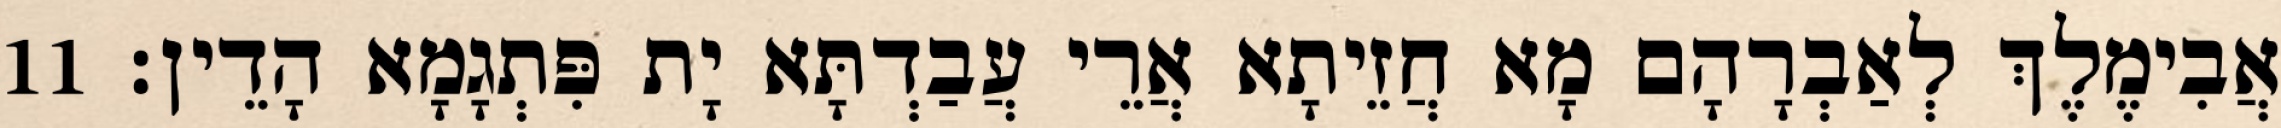
אֲבִימֶלֶךְ לְאַבְרָהָם מָא חֲזֵיתָא אֲרֵי עֲבַדְתָּא יָת פִּתְגָמָא הָדֵין׃ 11